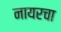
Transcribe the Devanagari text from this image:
नायरचा